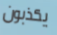
يكذبون